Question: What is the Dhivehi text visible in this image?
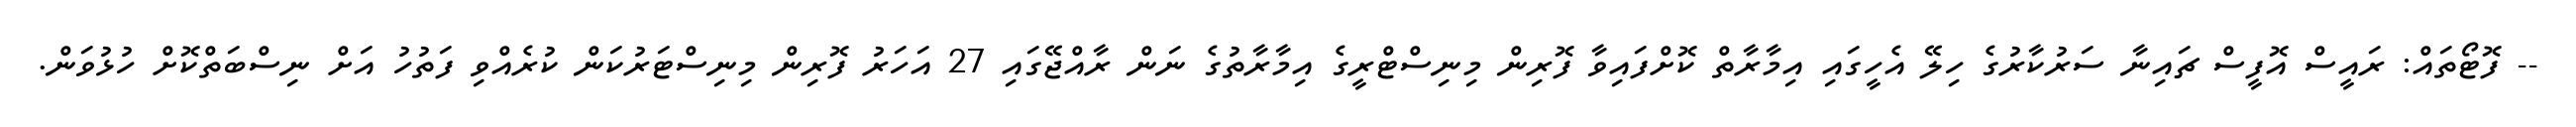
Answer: -- ފޮޓޯތައް: ރައީސް އޮފީސް ޗައިނާ ސަރުކާރުގެ ހިލޭ އެހީގައި އިމާރާތް ކޮށްފައިވާ ފޮރިން މިނިސްޓްރީގެ އިމާރާތުގެ ނަން ރާއްޖޭގައި 27 އަހަރު ފޮރިން މިނިސްޓަރުކަން ކުރެއްވި ފަތުހު އަށް ނިސްބަތްކޮށް ހުޅުވަން.